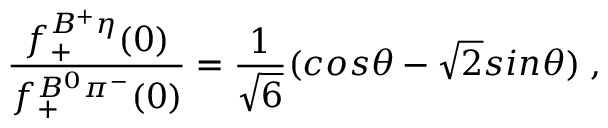
\frac { f _ { + } ^ { B ^ { + } \eta } ( 0 ) } { f _ { + } ^ { B ^ { 0 } \pi ^ { - } } ( 0 ) } = \frac { 1 } { { \sqrt 6 } } ( c o s \theta - { \sqrt 2 } s i n \theta ) \; ,